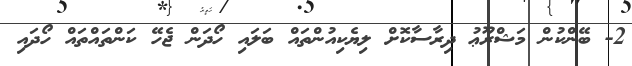
2- ބޭންކުން މަޝްރޫޢު ދިރާސާކޮށް ލިޔެކިއުންތައް ބަލައި ހޯދަން ޖެހޭ ކަންތައްތައް ހޯދައި